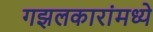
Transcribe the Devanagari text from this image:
गझलकारांमध्ये